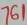
Text: 761